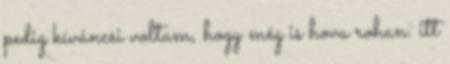
pedig kíváncsi voltam, hogy még is hova rohan. itt